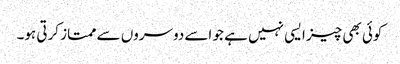
کوئی بھی چیز ایسی نہیں ہے جو اسے دوسروں سے ممتاز کرتی ہو۔